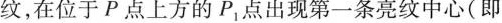
纹，在位于P点上方的P1点出现第一条亮纹中心(即